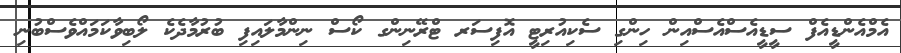
އެމްއެންޑީއެފް ސީޑީއެސްއެސްއިން ހިންގި ސެކިއުރިޓީ އޮފިސަރ ޓްރޭނިންގ ކޯސް ނިންމާލައިފި ބުރުމާދެކެ ލޯބިވާކަމައްވެސްބުނި